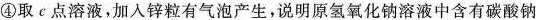
④取c点溶液，加入锌粒有气泡产生，说明原氢氧化钠溶液中含有碳酸钠